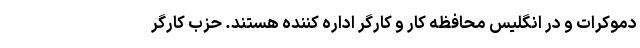
دموکرات و در انگلیس محافظه کار و کارگر اداره کننده هستند. حزب کارگر